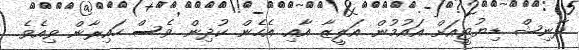
ދާނިޝް ޑިޔުޓީއަށް އައުމުން އަލީޒާ އާއި އެހެން ކުދިން ވެސް ހައިރާން ވިއެވެ.